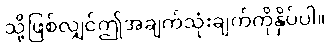
သို့ဖြစ်လျှင်ဤအချက်သုံးချက်ကိုနှိပ်ပါ။